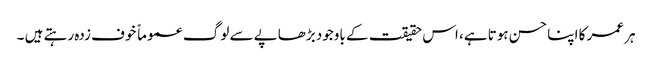
ہر عمر کا اپنا حسن ہوتا ہے، اس حقیقت کے باوجود بڑھاپے سے لوگ عموماً خوف زدہ رہتے ہیں ۔